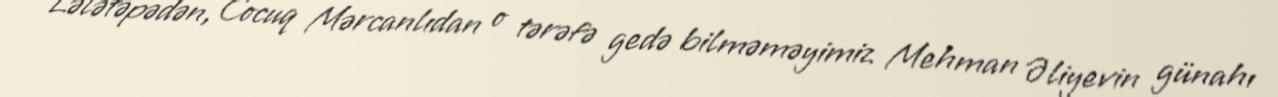
Lələtəpədən, Cocuq Mərcanlıdan o tərəfə gedə bilməməyimiz Mehman Əliyevin günahı